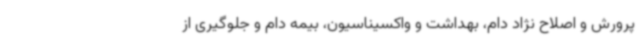
پرورش و اصلاح نژاد دام، بهداشت و واکسیناسیون، بیمه دام و جلوگیری از